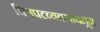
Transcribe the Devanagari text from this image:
चित्रपटव्यवसायतून